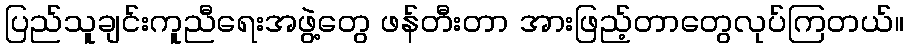
ပြည်သူချင်းကူညီရေးအဖွဲ့တွေ ဖန်တီးတာ အားဖြည့်တာတွေလုပ်ကြတယ်။